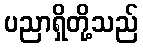
ပညာရှိတို့သည်